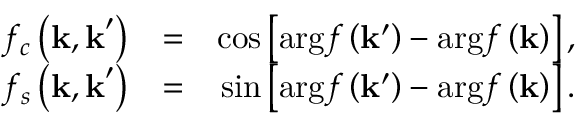
\begin{array} { r l r } { f _ { c } \left( \mathbf { k , k } ^ { \prime } \right) } & { = } & { \cos \left[ \mathrm { a r g } f \left( \mathbf { k } ^ { \prime } \right) - \mathrm { a r g } f \left( \mathbf { k } \right) \right] , } \\ { f _ { s } \left( \mathbf { k , k } ^ { \prime } \right) } & { = } & { \sin \left[ \mathrm { a r g } f \left( \mathbf { k } ^ { \prime } \right) - \mathrm { a r g } f \left( \mathbf { k } \right) \right] . } \end{array}